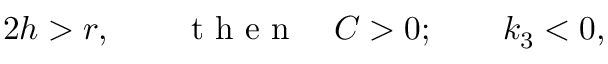
\begin{array} { r } { 2 h > r , \qquad \mathrm { ~ t ~ h ~ e ~ n ~ } \quad C > 0 ; \qquad k _ { 3 } < 0 , } \end{array}